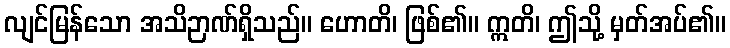
လျင်မြန်သော အသိဉာဏ်ရှိသည်။ ဟောတိ၊ ဖြစ်၏။ ဣတိ၊ ဤသို့ မှတ်အပ်၏။